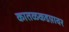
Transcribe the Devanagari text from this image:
कातळकडय़ावर